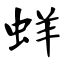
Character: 蛘